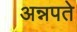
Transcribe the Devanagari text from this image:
अन्नपते